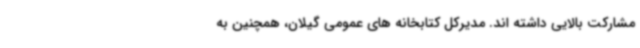
مشارکت بالایی داشته اند. مدیرکل کتابخانه های عمومی گیلان، همچنین به